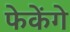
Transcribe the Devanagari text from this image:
फेकेंगे